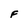
Character: F